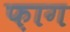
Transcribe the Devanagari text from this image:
फ़ाग